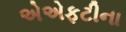
એએફટીના